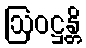
ဩဝဋ္ဌန္တိ